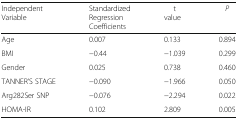
<table><thead><tr><td><b>IndependentVariable</b></td><td><b>StandardizedRegressionCoefficients</b></td><td><b>tvalue</b></td><td><b><i>P</i></b></td></tr></thead><tbody><tr><td>Age</td><td>0.007</td><td>0.133</td><td>0.894</td></tr><tr><td>BMI</td><td>−0.44</td><td>−1.039</td><td>0.299</td></tr><tr><td>Gender</td><td>0.025</td><td>0.738</td><td>0.460</td></tr><tr><td>TANNER’S STAGE</td><td>−0.090</td><td>−1.966</td><td>0.050</td></tr><tr><td>Arg282Ser SNP</td><td>−0.076</td><td>−2.294</td><td>0.022</td></tr><tr><td>HOMA-IR</td><td>0.102</td><td>2.809</td><td>0.005</td></tr></tbody></table>